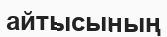
айтысының